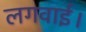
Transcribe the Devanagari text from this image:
लगवाई।